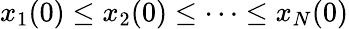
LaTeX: x_{1}(0)\leq x_{2}(0)\leq\dots\leq x_{N}(0)